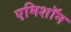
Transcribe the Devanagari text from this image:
एमिशॉन